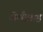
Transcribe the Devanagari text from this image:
लेलँडसह